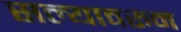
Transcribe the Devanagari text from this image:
सल्यावरून